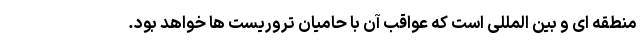
منطقه ای و بین المللی است که عواقب آن با حامیان تروریست ها خواهد بود.